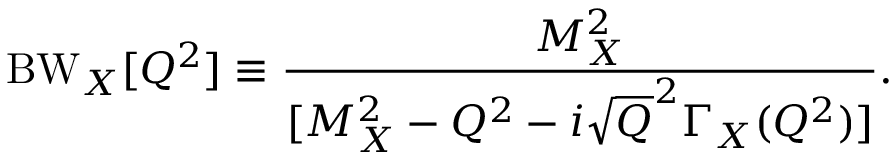
\mathrm { B W } _ { X } [ Q ^ { 2 } ] \equiv { \frac { M _ { X } ^ { 2 } } { [ M _ { X } ^ { 2 } - Q ^ { 2 } - i \sqrt Q ^ { 2 } \Gamma _ { X } ( Q ^ { 2 } ) ] } } .